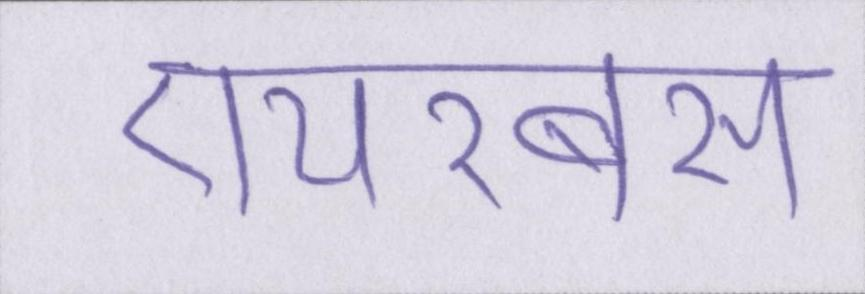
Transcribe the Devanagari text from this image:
एयरबस